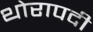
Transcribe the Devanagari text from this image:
थोरापदी